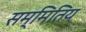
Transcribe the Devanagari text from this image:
सम्मितिय